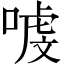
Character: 㗔